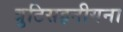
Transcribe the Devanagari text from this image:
त्रुटिसहनीयना